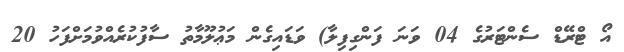
އޯ ޓްރޭޑް ސެންޓަރުގެ 04 ވަނަ ފަންގިފިލާ) ވަޑައިގެން މަޢުލޫމާތު ސާފުކުރެއްވުމަށްފަހު 20